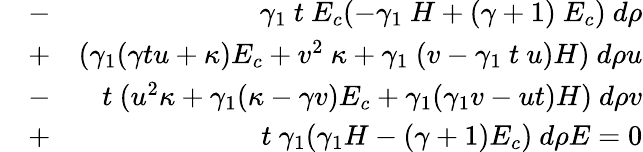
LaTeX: \begin{array}{rlr}&{-}&{~\gamma_{1}~t~E_{c}(-\gamma_{1}~H+(\gamma+1)~E_{c})~d\rho}\\ &{+}&{(\gamma_{1}(\gamma tu+\kappa)E_{c}+v^{2}~\kappa+\gamma_{1}~(v-\gamma_{1}~t~u)H)~d\rho u}\\ &{-}&{t~(u^{2}\kappa+\gamma_{1}(\kappa-\gamma v)E_{c}+\gamma_{1}(\gamma_{1}v-ut)H)~d\rho v}\\ &{+}&{t~\gamma_{1}(\gamma_{1}H-(\gamma+1)E_{c})~d\rho E=0}\end{array}